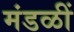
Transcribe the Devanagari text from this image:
मंडळीं